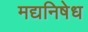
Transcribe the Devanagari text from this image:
मद्यनिषेध